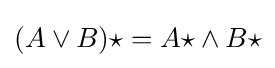
(A\vee B)\star ={A\star }\wedge {B\star }